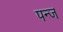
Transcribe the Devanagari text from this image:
पन्ज